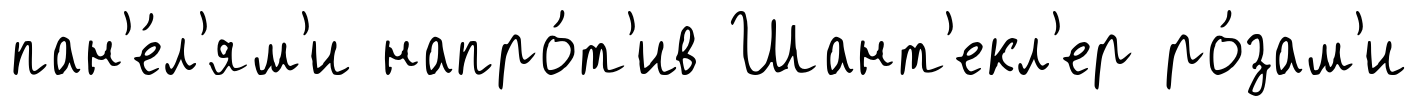
пан'е́л'ям'и напро́т'ив Шант'екл'ер ро́зам'и